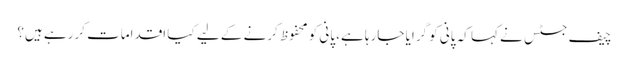
چیف جسٹس نے کہا کہ پانی کو گرایا جارہا ہے، پانی کو محفوظ کرنے کے لیے کیا اقدامات کررہے ہیں؟